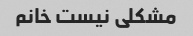
مشکلی نیست خانم